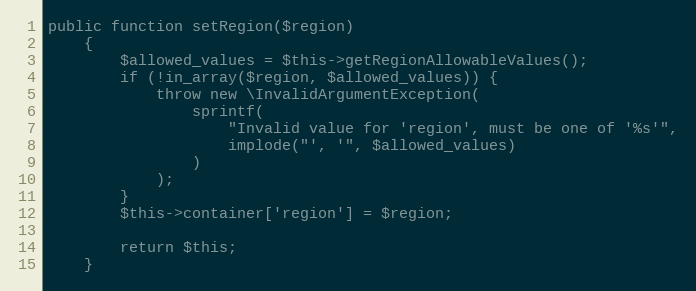
Language: PHP
public function setRegion($region)
    {
        $allowed_values = $this->getRegionAllowableValues();
        if (!in_array($region, $allowed_values)) {
            throw new \InvalidArgumentException(
                sprintf(
                    "Invalid value for 'region', must be one of '%s'",
                    implode("', '", $allowed_values)
                )
            );
        }
        $this->container['region'] = $region;

        return $this;
    }